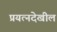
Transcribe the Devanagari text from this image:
प्रयत्नदेखील